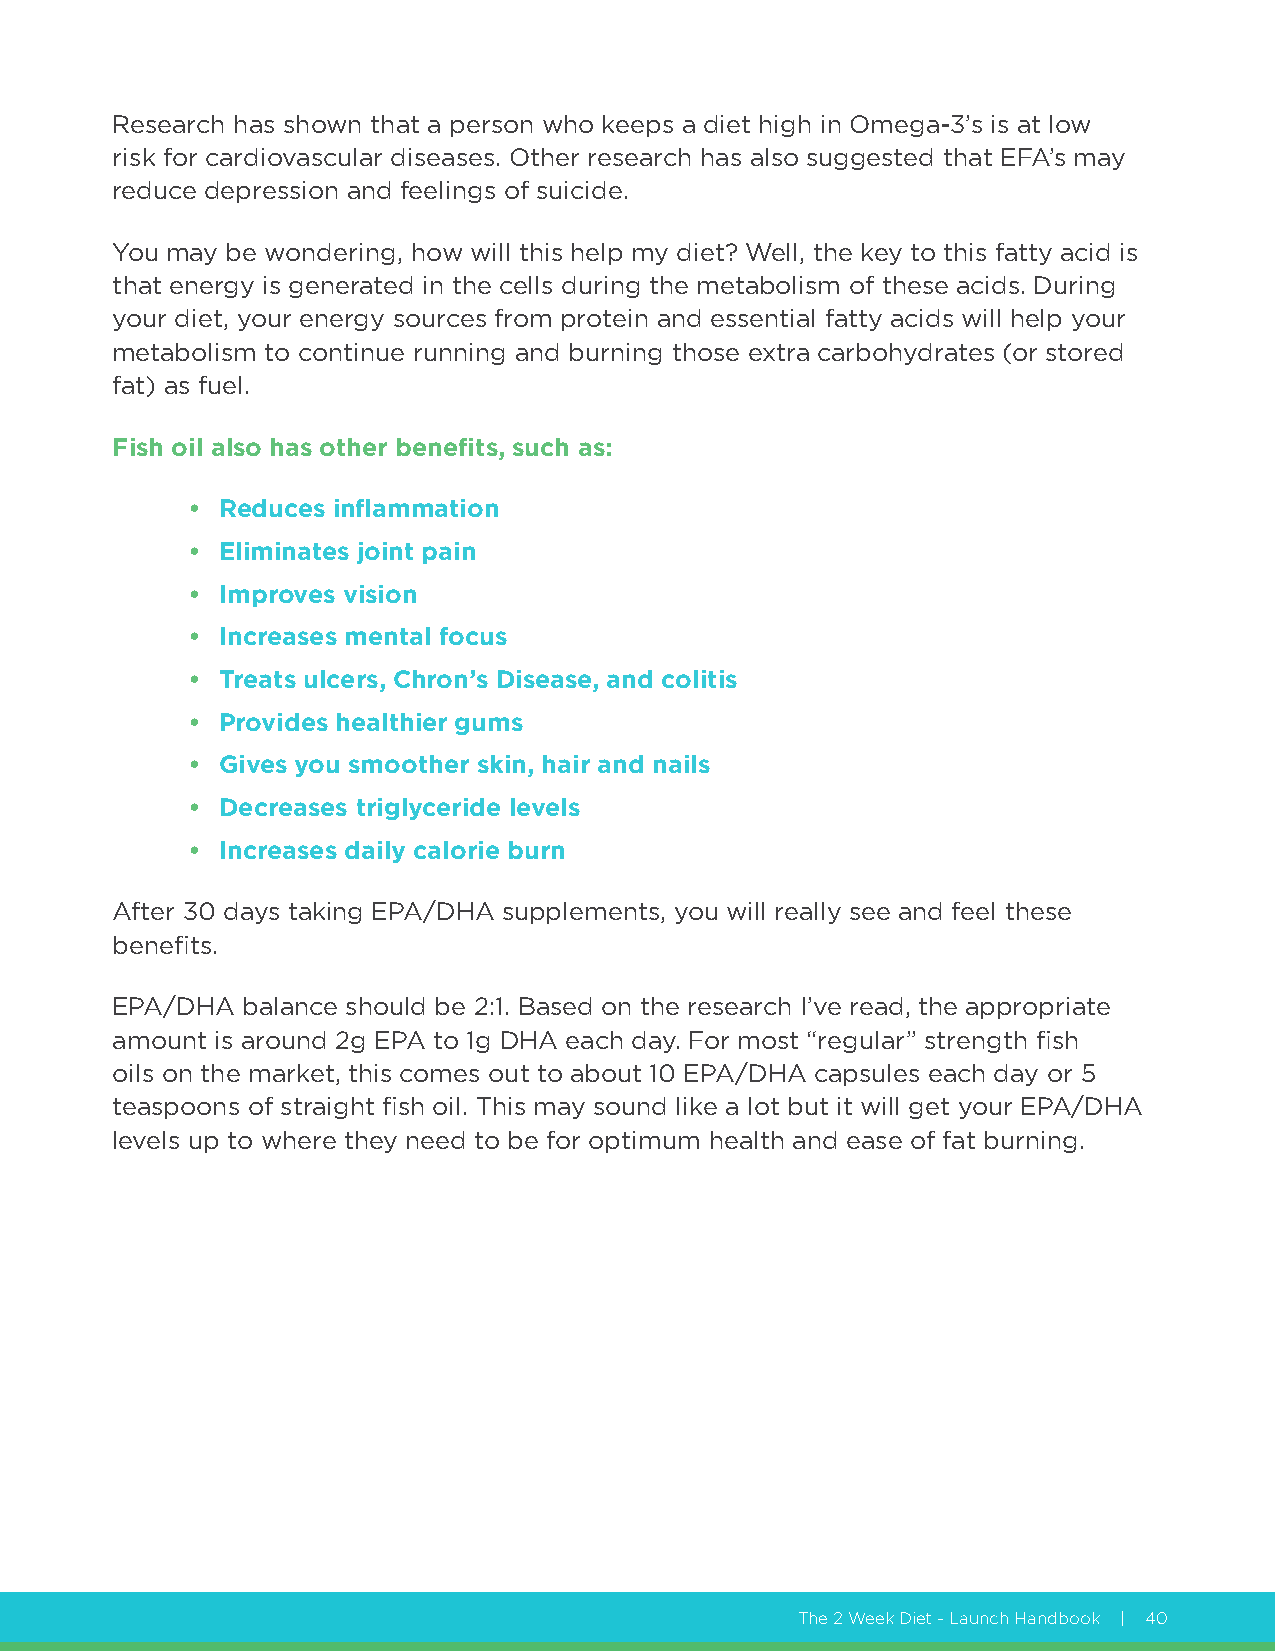
Research has shown that a person who keeps a diet high in Omega-3’s is at low
 risk for cardiovascular diseases. Other research has also suggested that EFA’s may
 reduce depression and feelings of suicide.
 You may be wondering, how will this help my diet? Well, the key to this fatty acid is
 that energy is generated in the cells during the metabolism of these acids. During
 your diet, your energy sources from protein and essential fatty acids will help your
 metabolism to continue running and burning those extra carbohydrates (or stored
 fat) as fuel.
 Fish oil also has other benefits, such as:
 • Reduces inflammation
 • Eliminates joint pain
 • Improves vision
 • Increases mental focus
 • Treats ulcers, Chron’s Disease, and colitis
 • Provides healthier gums
 • Gives you smoother skin, hair and nails
 • Decreases triglyceride levels
 • Increases daily calorie burn
 After 30 days taking EPA/DHA supplements, you will really see and feel these
 benefits.
 EPA/DHA  balance should be 2:1. Based on the research I’ve read, the appropriate
 amount is around 2g EPA to 1g DHA each day. For most “regular” strength fish
 oils on the market, this comes out to about 10 EPA/DHA capsules each day or 5
 teaspoons of straight fish oil. This may sound like a lot but it will get your EPA/DHA
 levels up to where they need to be for optimum health and ease of fat burning.
 The 2 Week Diet - Launch Handbook | 40